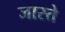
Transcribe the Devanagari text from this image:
जास्ते